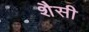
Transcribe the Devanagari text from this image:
शैसी